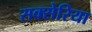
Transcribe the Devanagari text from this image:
सक्सेरिया